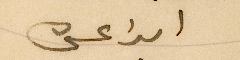
الداعي